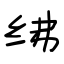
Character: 绋